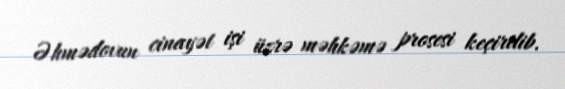
Əhmədovun cinayət işi üzrə məhkəmə prosesi keçirilib.